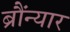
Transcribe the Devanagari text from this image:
ब्रौंन्यार